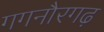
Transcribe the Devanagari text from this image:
गगनौरगढ़